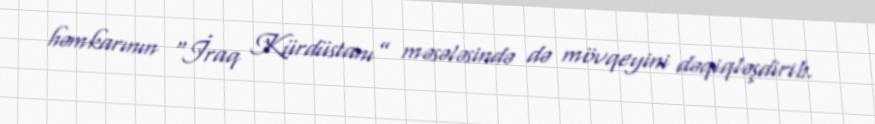
həmkarının “İraq Kürdüstanı” məsələsində də mövqeyini dəqiqləşdirib.